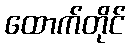
ထောက်တိုင်